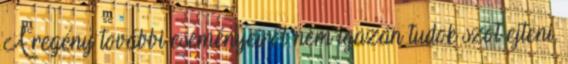
A regény további eseményeiről nem igazán tudok szót ejteni,